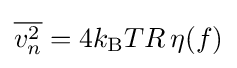
{\overline {v_{n}^{2}}}=4k_{\text{B}}TR\,\eta (f)